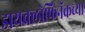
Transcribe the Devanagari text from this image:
डायक्लोफिनॅकच्या